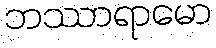
ဘဿာရာမော